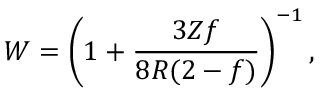
W = \left( 1 + \frac { 3 Z f } { 8 R ( 2 - f ) } \right) ^ { - 1 } ,